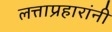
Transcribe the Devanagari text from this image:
लत्ताप्रहारांनी